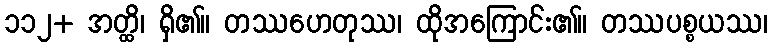
၁၁၂+ အတ္ထိ၊ ရှိ၏။ တဿဟေတုဿ၊ ထိုအကြောင်း၏။ တဿပစ္စယဿ၊